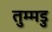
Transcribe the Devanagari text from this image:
तुम्मडु